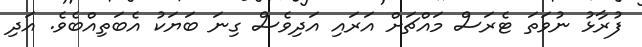
ފުރާޅު ނުވަތަ ޓެރަސް މައްޗަށް އަރައި އަދިވެސް ގިނަ ބަޔަކު އެބަތިއްބެވެ. އަދި